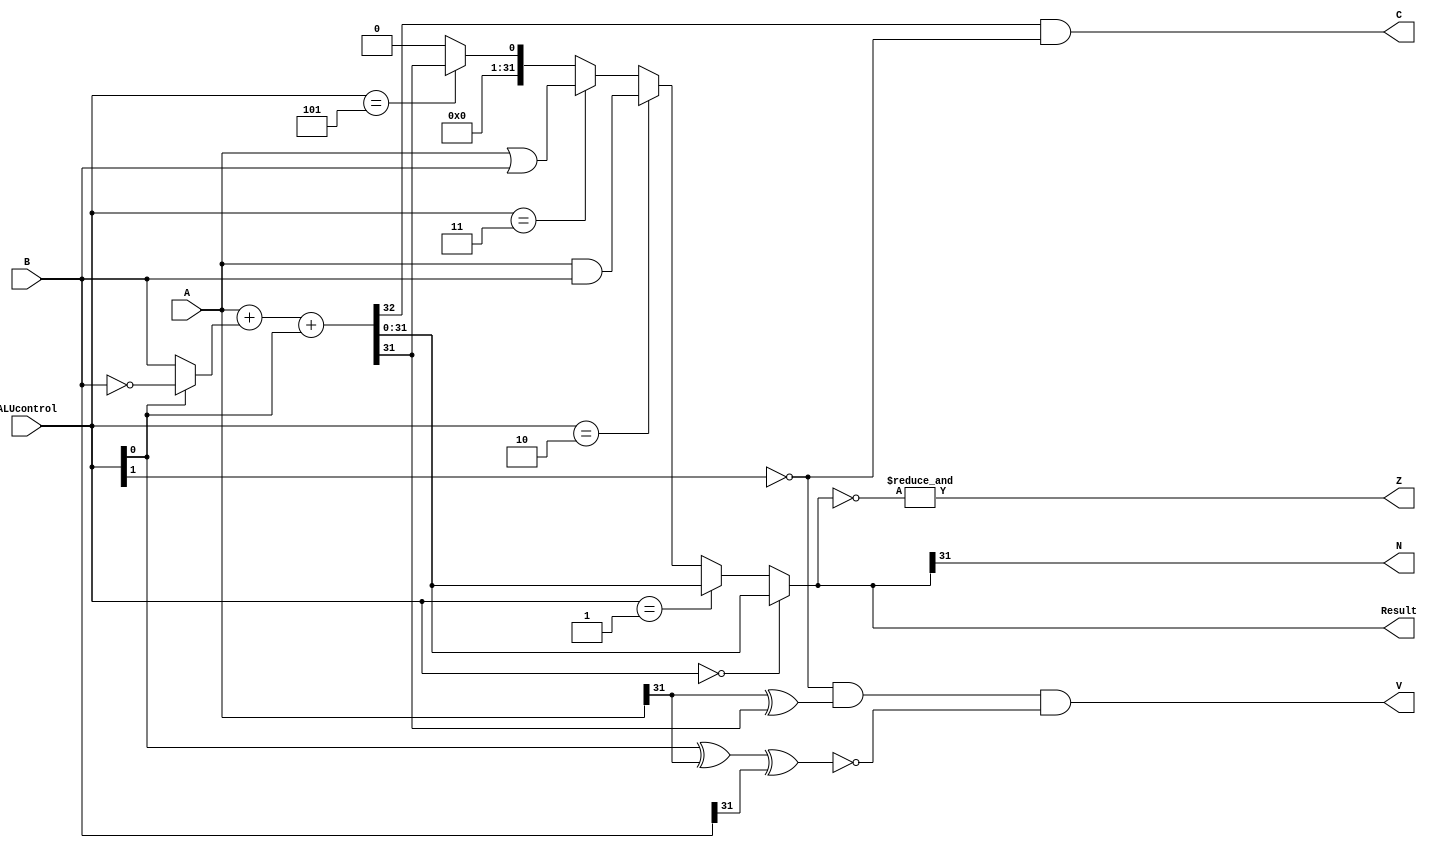
module ALU(A,B,ALUcontrol,Result,Z,N,V,C);

//Declaring Inpput
    input [31:0] A,B;
    input [2:0]ALUcontrol; //2bit ALU control
    
//Declaring Output
    output [31:0] Result;
    output Z,N,V,C;
//Declaring Interim Wires
    wire [31:0] A_or_B;
    wire [31:0] A_and_B;
    wire [31:0] not_B;
    wire [31:0] mux_1;
    wire [31:0] sum;
    wire [31:0] mux_2;
    wire [31:0] slt;
    wire cout;
    


// LOGIC DESIGN

    //AND Operation task perform
    assign A_or_B = A | B;

    //OR Operation task perform
    assign A_and_B = A & B;

    //NOT Operation task perform
    assign not_B = ~B;

    //Designing 2by1 Mux    
    assign mux_1 = (ALUcontrol[0] == 1'b0) ? B : not_B;

    //Addition & Subtraction Operation,we use concatenation between Cout and Sum because sum generate two
    //bit answer but actually answer will become 3 bit after addition so for 1 bit we cout as a carry flag 
    //to show the output 1bit for sum
    assign {cout,sum} = A + mux_1 + ALUcontrol[0];

    //Zero  Extension
    assign slt = {31'b0000000000000000000000000000000,sum[31]}; //we use concatenation for set less than and use the sum LBS 31bit
    //Designing 4by1 Mux
    assign mux_2 = (ALUcontrol[2:0] == 3'b000) ? sum : 
                   (ALUcontrol[2:0] == 3'b001) ? sum : 
                   (ALUcontrol[2:0] == 3'b010) ? A_and_B :
                   (ALUcontrol[2:0] == 3'b011) ? A_or_B :
                   (ALUcontrol[2:0] == 3'b101) ? slt : 32'h00000000; //else zero statement 1 hexa value become 4 binary 

    //Finally result after mux output
    assign Result = mux_2;               

    //Flags Assignment
    assign Z = &(~Result); //Zero Flag

    assign N = Result[31]; //Negative Flag will show the 31bit of answer will tell the behaviour of number like signed or unsigned

    assign C = cout & (~ALUcontrol[1]); //Carry Flag 

    assign V = (~ALUcontrol[1]) & (A[31] ^ sum[31]) & (~(ALUcontrol[0] ^ A[31] ^ B[31])); //OverFlow Flag


endmodule